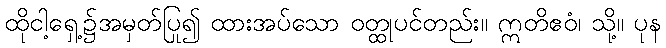
ထိုငါ့ရှေ့၌အမှတ်ပြု၍ ထားအပ်သော ဝတ္ထုပင်တည်း။ ဣတိဧဝံ၊ သို့။ ပုန